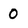
Character: O